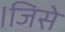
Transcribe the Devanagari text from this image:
।जिसे